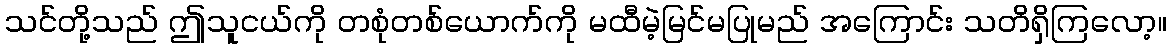
သင်တို့သည် ဤသူငယ်ကို တစုံတစ်ယောက်ကို မထီမဲ့မြင်မပြုမည် အကြောင်း သတိရှိကြလော့။